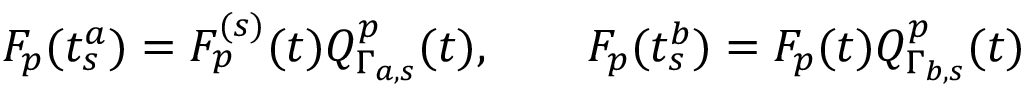
F _ { p } ( t _ { s } ^ { a } ) = F _ { p } ^ { ( s ) } ( t ) Q _ { \Gamma _ { a , s } } ^ { p } ( t ) , \qquad F _ { p } ( t _ { s } ^ { b } ) = F _ { p } ( t ) Q _ { \Gamma _ { b , s } } ^ { p } ( t )